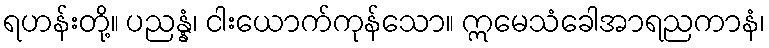
ရဟန်းတို့။ ပညန္နံ၊ ငါးယောက်ကုန်သော။ ဣမေသံခေါအာရညကာနံ၊